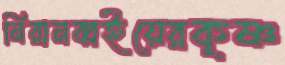
নিরানব্বইয়েরকৃষ্ণ